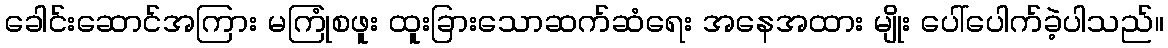
ခေါင်းဆောင်အကြား မကြုံစဖူး ထူးခြားသောဆက်ဆံရေး အနေအထား မျိုး ပေါ်ပေါက်ခဲ့ပါသည်။